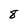
Character: 8